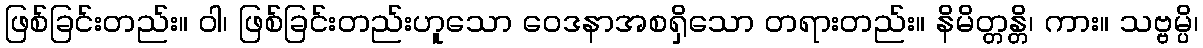
ဖြစ်ခြင်းတည်း။ ဝါ၊ ဖြစ်ခြင်းတည်းဟူသော ဝေဒနာအစရှိသော တရားတည်း။ နိမိတ္တန္တိ၊ ကား။ သဗ္ဗမ္ပိ၊